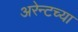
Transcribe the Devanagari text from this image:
अरेन्टच्या